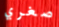
صغري